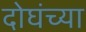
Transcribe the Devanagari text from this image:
दोघंच्या